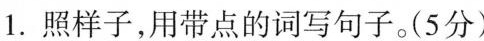
1.照样子，用带点的词写句子。(5分)